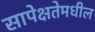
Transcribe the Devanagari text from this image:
सापेक्षतेमधील